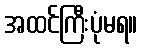
အထင်ကြီးပုံမရ။